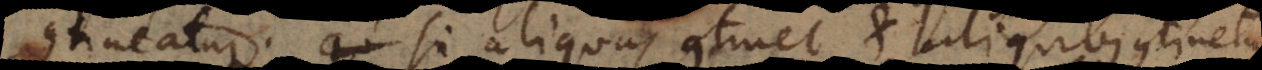
contineatur, si aliquas continet et aliquibus continetu